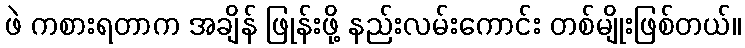
ဖဲ ကစားရတာက အချိန် ဖြုန်းဖို့ နည်းလမ်းကောင်း တစ်မျိုးဖြစ်တယ်။